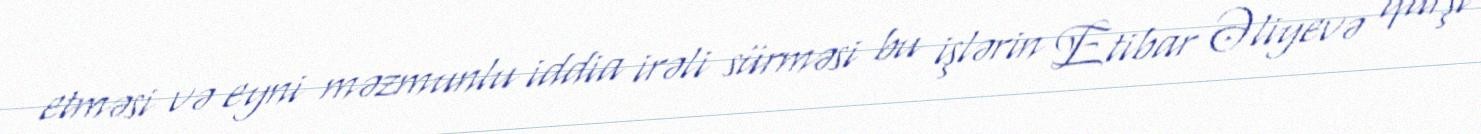
etməsi və eyni məzmunlu iddia irəli sürməsi bu işlərin Etibar Əliyevə qarşı